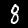
Digit: 8